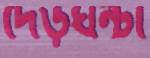
দেড়ঘন্টা